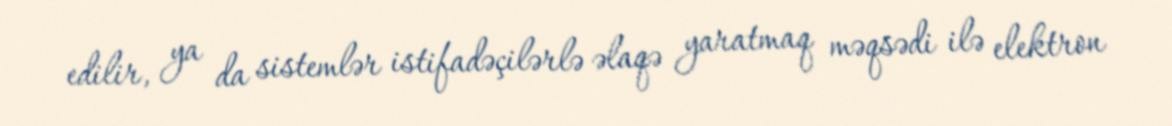
edilir, ya da sistemlər istifadəçilərlə əlaqə yaratmaq məqsədi ilə elektron